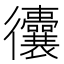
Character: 𢖧